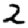
Digit: 2